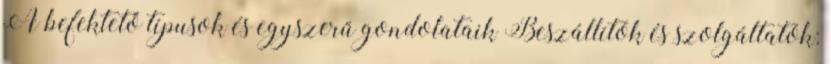
A befektető típusok és egyszerű gondolataik Beszállítók és szolgáltatók: